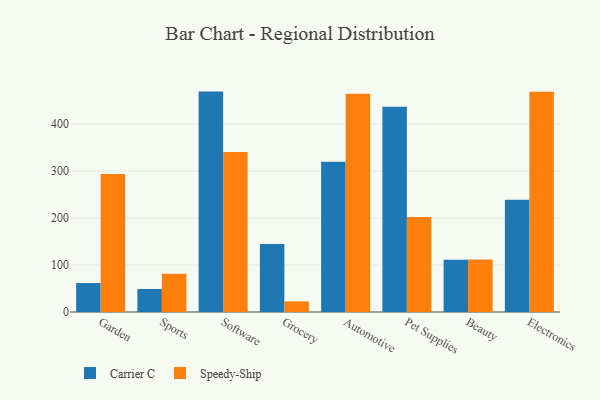
{"axis": {"x": "Category", "y": "Tickets Resolved"}, "legend": ["Carrier C", "Speedy-Ship"], "data": [{"x": "Garden", "y": 61.7, "type": "Carrier C"}, {"x": "Garden", "y": 293.7, "type": "Speedy-Ship"}, {"x": "Sports", "y": 49.1, "type": "Carrier C"}, {"x": "Sports", "y": 81.4, "type": "Speedy-Ship"}, {"x": "Software", "y": 469.4, "type": "Carrier C"}, {"x": "Software", "y": 341.0, "type": "Speedy-Ship"}, {"x": "Grocery", "y": 144.9, "type": "Carrier C"}, {"x": "Grocery", "y": 22.6, "type": "Speedy-Ship"}, {"x": "Automotive", "y": 320.1, "type": "Carrier C"}, {"x": "Automotive", "y": 465.0, "type": "Speedy-Ship"}, {"x": "Pet Supplies", "y": 437.4, "type": "Carrier C"}, {"x": "Pet Supplies", "y": 202.4, "type": "Speedy-Ship"}, {"x": "Beauty", "y": 111.5, "type": "Carrier C"}, {"x": "Beauty", "y": 111.8, "type": "Speedy-Ship"}, {"x": "Electronics", "y": 239.0, "type": "Carrier C"}, {"x": "Electronics", "y": 469.0, "type": "Speedy-Ship"}]}